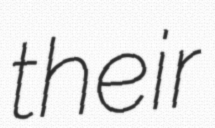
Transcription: their